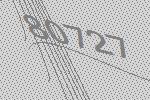
80727